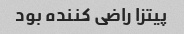
پیتزا راضی کننده بود